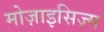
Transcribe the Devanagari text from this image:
मोज़ाइसिज़्म